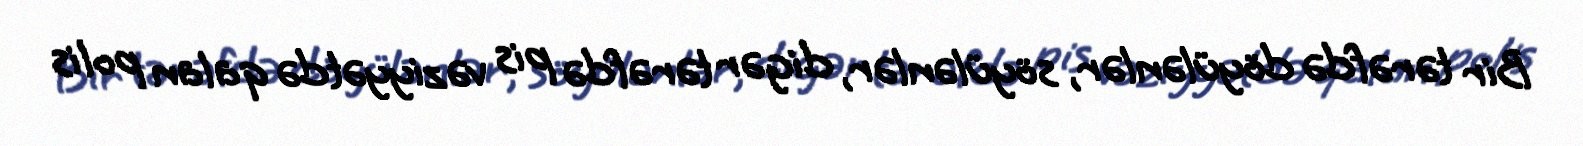
Bir tərəfdə döyülənlər, söyülənlər, digər tərəfdə pis vəziyyətdə qalan polis